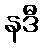
နဒီ